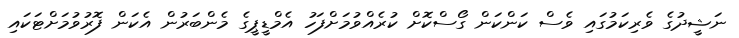
ނަޝީދުގެ ވެރިކަމުގައި ވެސް ކަންކަން ގޯސްކޮށް ކުރެއްވުމަށްފަހު އެމްޑީޕީގެ މެންބަރުން އެކަން ފޮރުވުމަށްޓަކައި